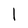
Character: l